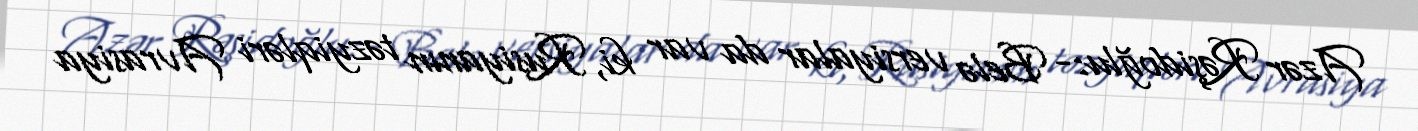
Azər Rəşidoğlu:- Belə versiyalar da var ki, Rusiyanın təzyiqləri Avrasiya